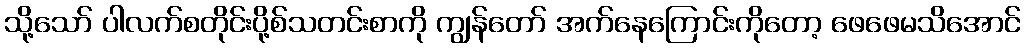
သို့သော် ပါလက်စတိုင်းပို့စ်သတင်းစာကို ကျွန်တော် အက်နေကြောင်းကိုတော့ ဖေဖေမသိအောင်